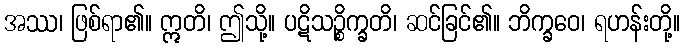
အဿ၊ ဖြစ်ရာ၏။ ဣတိ၊ ဤသို့။ ပဋိသဉ္စိက္ခတိ၊ ဆင်ခြင်၏။ ဘိက္ခဝေ၊ ရဟန်းတို့။